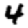
Digit: 4